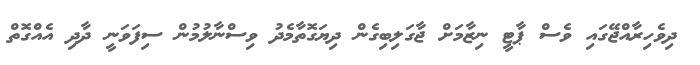
ދިވެހިރާއްޖޭގައި ވެސް ޕާޓީ ނިޒާމަށް ޖާގަލިބިގެން ދިޔަގޮތާމެދު ވިސްނާލުމުން ސިފަވަނީ ދާދި އެއްގޮތް